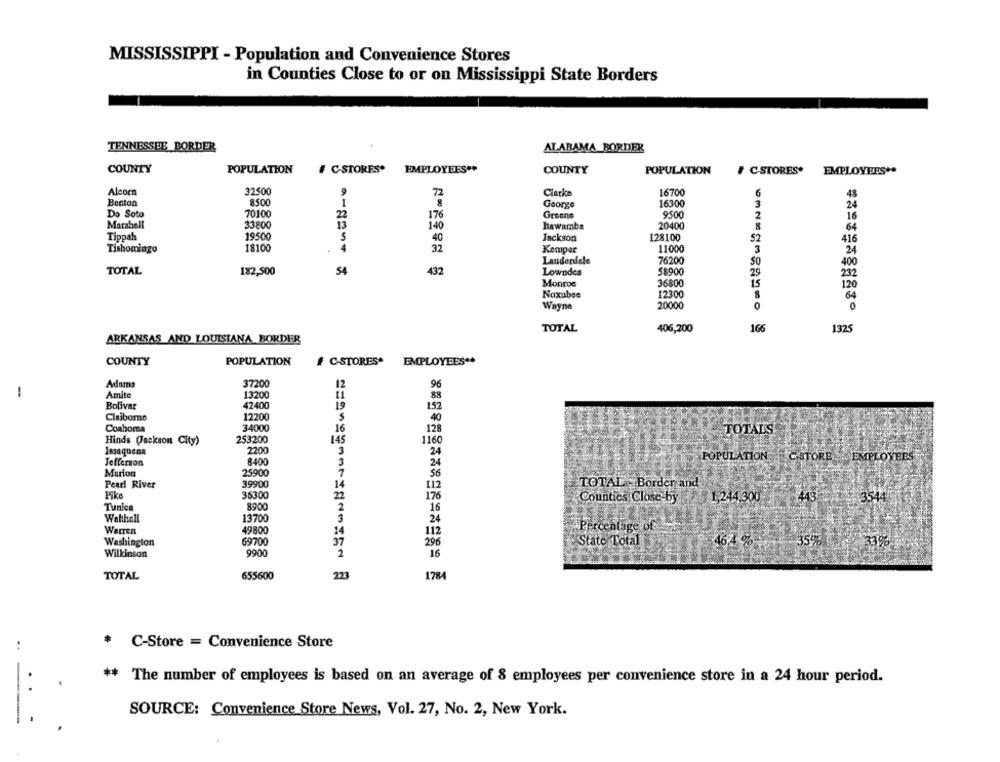
MISSISSIPPI - Population and Convenience Stores
in Counties Close to or on Mississippi State Borders
TENNESSEE BORDER
ALABAMA BORDER
COUNTY
POPULATION
# C-STORES*
EMPLOYEES **
COUNTY
POPULATION
# CSTORES*
EMPLOYEES++
Alcorn
32500
Clarke
16700
6
Benton
8500
George
16300
3
Do Soto
70100
9500
16
176
Greone
Marshell
33800
140
hawamba
20400
64
Tippah
19500
5
Jackson
128100
40
52
416
Tishomingo
18100
4
32
Kemper
11000
3
24
76200
Lauderdale
400
TOTAL
182,500
54
432
Lowndes
$8900
29
232
Monroe
36800
15
120
Noxubes
12300
8
64
Wayne
20000
0
TOTAL
406,200
166
1325
ARKANSAS AND LOUISIANA BORDER
COUNTY
POPULATION
# C-STORES*
EMPLOYEES **
Adams
37200
12
96
-
Amite
13200
11
88
Bolivar
42400
19
152
Claiborne
12200
S
40
Coahora
34000
16
128
TOTALS
Hinds (Jackson City)
253200
145
1160
2200
Issaquena
3
24
POPULATION
C STORE EMPLOYEES
Jefferson
8400
3
24
Marion
25900
56
Pearl River
39900
14
112
TOTAL - Border and
Pike
36300
176
Counties Close-by
1.244,300
3544
Tunica
8900
2
16
Walthall
13700
24
Percentage of
Warren
49800
14
112
Washington
69700
Stato Total
467%
37
296
33%
Wilkinson
9900
2
16
TOTAL
655600
223
1784
.
C-Store = Convenience Store
**
The number of employees is based on an average of 8 employees per convenience store in a 24 hour period.
..
SOURCE: Convenience Store News, Vol. 27, No. 2, New York.